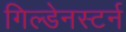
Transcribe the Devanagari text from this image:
गिल्डेनस्टर्न